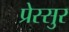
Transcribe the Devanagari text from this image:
प्रेस्सुर